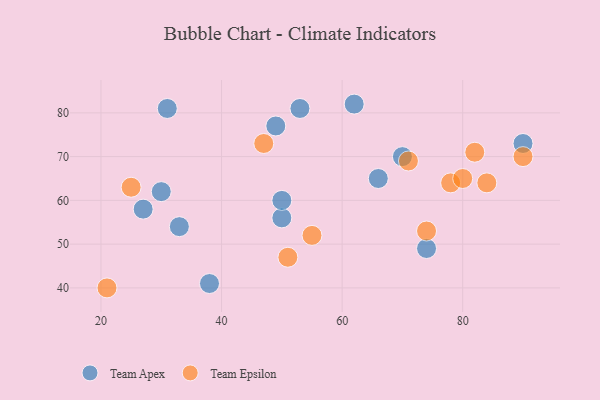
{"axis": {"x": "GDP", "y": "Life Expectancy"}, "legend": ["Team Apex", "Team Epsilon"], "data": [{"x": "66", "y": 65, "type": "Team Apex"}, {"x": "49", "y": 77, "type": "Team Apex"}, {"x": "70", "y": 70, "type": "Team Apex"}, {"x": "27", "y": 58, "type": "Team Apex"}, {"x": "74", "y": 49, "type": "Team Apex"}, {"x": "62", "y": 82, "type": "Team Apex"}, {"x": "53", "y": 81, "type": "Team Apex"}, {"x": "31", "y": 81, "type": "Team Apex"}, {"x": "33", "y": 54, "type": "Team Apex"}, {"x": "50", "y": 56, "type": "Team Apex"}, {"x": "30", "y": 62, "type": "Team Apex"}, {"x": "90", "y": 73, "type": "Team Apex"}, {"x": "38", "y": 41, "type": "Team Apex"}, {"x": "50", "y": 60, "type": "Team Apex"}, {"x": "82", "y": 71, "type": "Team Epsilon"}, {"x": "25", "y": 63, "type": "Team Epsilon"}, {"x": "74", "y": 53, "type": "Team Epsilon"}, {"x": "21", "y": 40, "type": "Team Epsilon"}, {"x": "78", "y": 64, "type": "Team Epsilon"}, {"x": "47", "y": 73, "type": "Team Epsilon"}, {"x": "80", "y": 65, "type": "Team Epsilon"}, {"x": "90", "y": 70, "type": "Team Epsilon"}, {"x": "55", "y": 52, "type": "Team Epsilon"}, {"x": "84", "y": 64, "type": "Team Epsilon"}, {"x": "71", "y": 69, "type": "Team Epsilon"}, {"x": "51", "y": 47, "type": "Team Epsilon"}]}